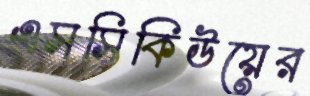
এসসিকিউয়ের